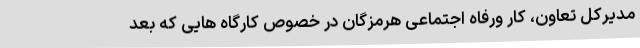
مدیرکل تعاون، کار ورفاه اجتماعی هرمزگان در خصوص کارگاه هایی که بعد